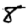
Digit: 8